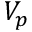
V _ { p }